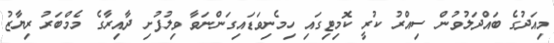
މިއަދުގެ ބައްދަލުވުން ސިއްރު ކުރީ ކޮމިޓިގައި ހިމެނިވަޑައިގަންނަވާ ވިލުފުށި ދާއިރާގެ މެމްބަރު ރިޔާޒު